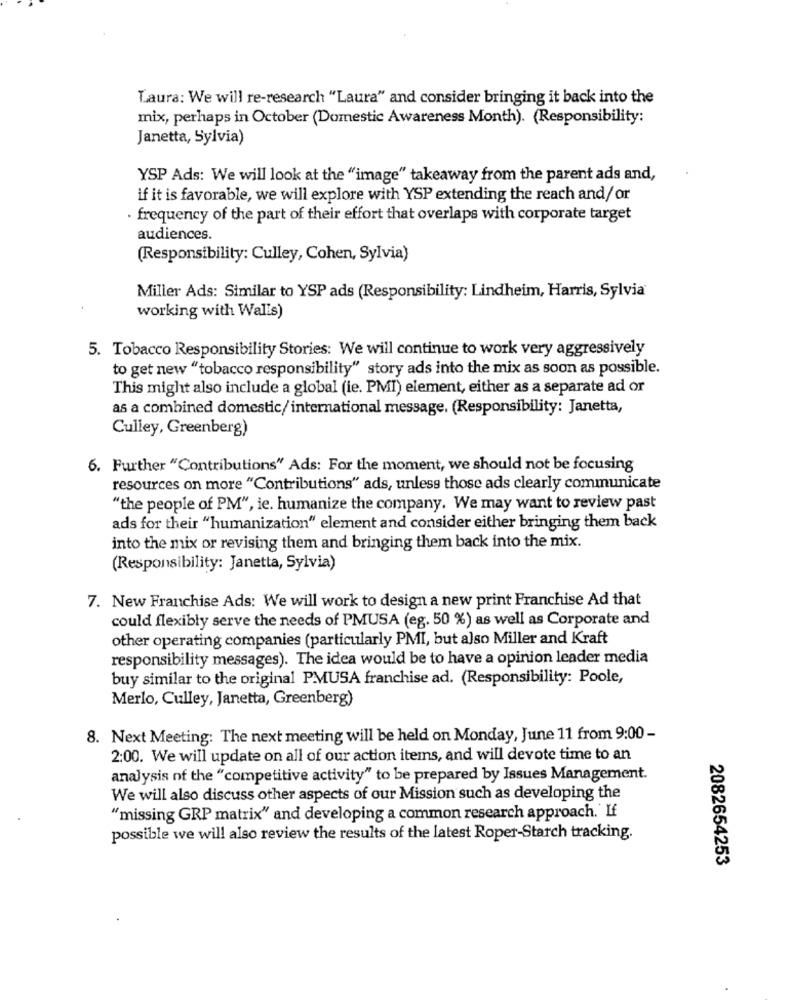
Laura: We will re-research "Laura" and consider bringing it back into the
mix, perhaps in October (Domestic Awareness Month). (Responsibility:
Janetta, Sylvia)
YSP Ads: We will look at the "image" takeaway from the parent ads and,
if it is favorable, we will explore with YSP extending the reach and/ or
· frequency of the part of their effort that overlaps with corporate target
audiences.
(Responsibility: Culley, Cohen, Sylvia)
Miller Ads: Similar to YSP ads (Responsibility: Lindheim, Harris, Sylvia'
working with Walis)
5. Tobacco Responsibility Stories: We will continue to work very aggressively
to get new "tobacco responsibility" story ads into the mix as soon as possible.
This might also include a global (ie. PMI) element, either as a separate ad or
as a combined domestic/international message. (Responsibility: Janetta,
Culley, Greenberg)
6. Further "Contributions" Ads: For the moment, we should not be focusing
resources on more "Contributions" ads, unless those ads clearly communicate
"the people of PM", ie. humanize the company. We may want to review past
ads for their "humanization" element and consider either bringing them back
into the mix or revising them and bringing them back into the mix.
(Responsibility: Janetta, Sylvia)
7. New Franchise Ads: We will work to design a new print Franchise Ad that
could flexibly serve the needs of PMUSA (eg. 50 %) as well as Corporate and
other operating companies (particularly PMI, but also Miller and Kraft
responsibility messages). The idea would be to have a opinion leader media
buy similar to the original PMUSA franchise ad. (Responsibility: Poole,
Merlo, Culley, Janetta, Greenberg)
8. Next Meeting: The next meeting will be held on Monday, June 11 from 9:00 -
2:00. We will update on all of our action items, and will devote time to an
analysis of the "competitive activity" to be prepared by Issues Management.
We will also discuss other aspects of our Mission such as developing the
"missing GRP matrix" and developing a common research approach. If
possible we will also review the results of the latest Roper-Starch tracking.
2082654253